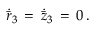
\dot { \bar { r } } _ { 3 } \, = \, \dot { \bar { z } } _ { 3 } \, = \, 0 \, .